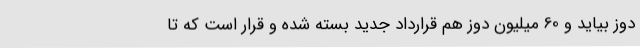
دوز بیاید و 60 میلیون دوز هم قرارداد جدید بسته شده و قرار است که تا